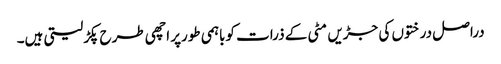
دراصل درختوں کی جڑیں مٹی کے ذرات کوباہمی طورپر اچھی طرح پکڑلیتی ہیں۔